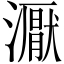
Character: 𰝜